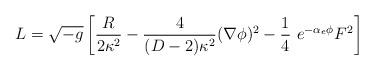
LaTeX: \begin{align*}L={\sqrt{ -g}}\left[{R\over 2\kappa^{2}}-{4\over (D-2)\kappa^{2}}(\nabla \phi)^{2}-{1\over 4}\ e^{-\alpha_{e} \phi}F^{2}\right]\end{align*}